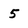
Character: 5